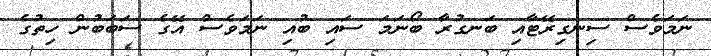
ނަމަވެސް ސިނގިރޭޓާއި ބަނގުރާ ބޯނަމަ ސައި ބުއި ނަމަވެސް އޭގެ ސަބަބުން ހިތުގެ